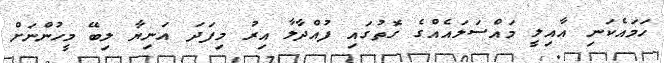
ހަމައެކަނި އާއިލީ މައްސަލައެއްގެ ގޮތުގައި ފުއްދާލާ އިރު މިފަދަ އަނިޔާ ލިބޭ މީހުންނަށް